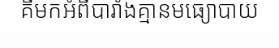
គឺមកអំពីបារាំងគ្មានមធ្យោបាយ